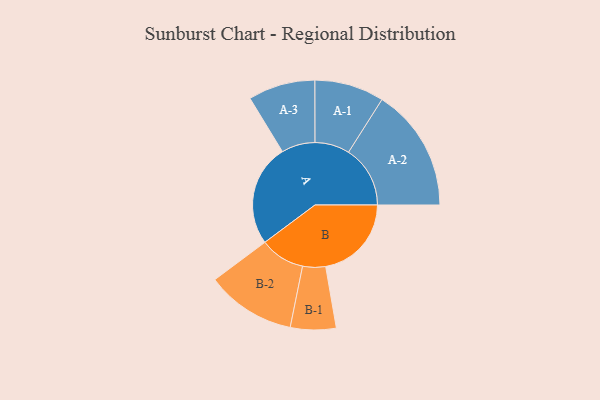
{"axis": {"x": "Segment", "y": "Value"}, "legend": ["", "A", "B"], "data": [{"x": "A", "y": 478, "type": ""}, {"x": "B", "y": 402, "type": ""}, {"x": "A-1", "y": 163, "type": "A"}, {"x": "A-2", "y": 289, "type": "A"}, {"x": "A-3", "y": 157, "type": "A"}, {"x": "B-1", "y": 107, "type": "B"}, {"x": "B-2", "y": 210, "type": "B"}]}